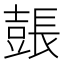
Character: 𨲗